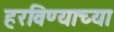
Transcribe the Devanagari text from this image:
हरविण्याच्या